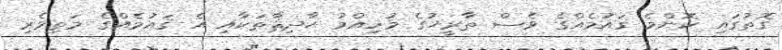
ގޮތުގައި ކޮންމެ ޤައުމެއްގެ ވެސް ތާރީޚުގެ މުހިއްމު ޙާދިޘާތަކާއި އެ ޤައުމެއްގެ މަތިވެރި